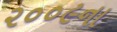
૨૦૦૯ના